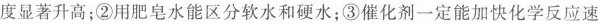
度显著升高；②用肥皂水能区分软水和硬水；③催化剂一定能加快化学反应速